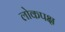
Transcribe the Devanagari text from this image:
लोकपक्ष